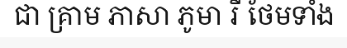
ជា គ្រាម ភាសា ភូមា រឺ ថែមទាំង